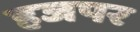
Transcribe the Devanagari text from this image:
हजपर